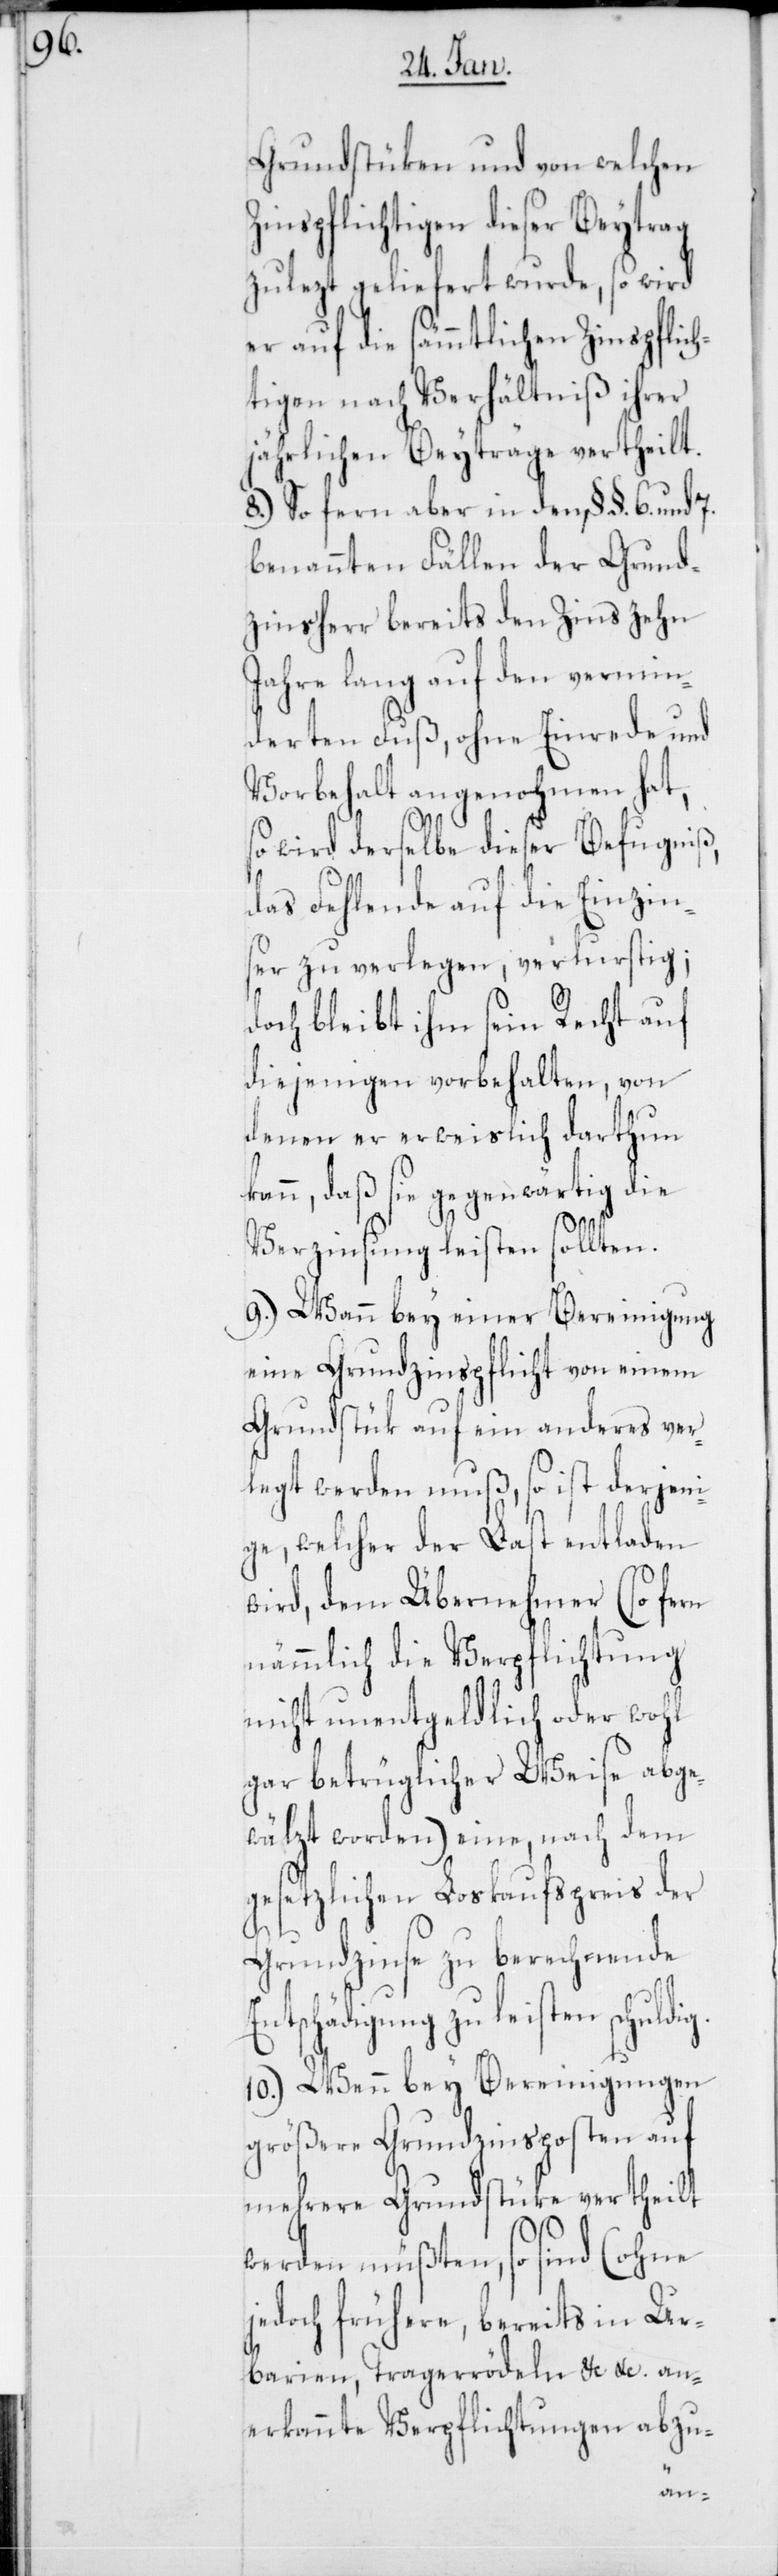
Grundstüken und von welchen
Zinspflichtigen dieser Beytrag
zulezt geliefert wurde, so wird
er auf die sämmtlichen Zinspflic¬
htigen nach Verhältniß ihrer
jährlichen Beyträge vertheilt.
8.) So fern aber in den, § §. 6. und 7.
benannten Fällen der Grund¬
zinsherr bereits den Zins zehn
Jahre lang auf den vermin¬
dereten Fuß, ohne Einrede und
Vorbehalt angenohmen hat,
so wird derselbe dieser Befugniß,
das Fehlende auf die Einzins¬
er zu verlegen, verlustig;
doch bleibt ihm sein Recht auf
diejenigen vorbehalten, von
denen er erweislich darthun
kann, daß sie gegenwärtig die
Verzinsung leisten sollten.
9.) Wann bey einer Bereinigung
eine Grundzinspflicht von einem
Grundstük auf ein anderes ver¬
legt werden muß, so ist derjen¬
ige, welcher der Last entladen
wird, dem Übernehmer (so fern
nämmlich die Verpflichtung
nicht unentgeldlich oder wohl
gar betrüglicher Weise abge¬
wälzt worden) eine, nach dem
gesetzlichen Loskaufspreis der
Grundzinse zu berechnende
tschädigung zu leisten
10.) Wenn bey Bereinigungen
größere Grundzinsposten auf
mehrere Grundstüke vertheilt
werden müßten, so sind (ohne
jedoch frühere, bereits in Ur¬
barien, Tragerrödel etc. etc. an¬
erkannte Verpflichtungen abzu-
En¬